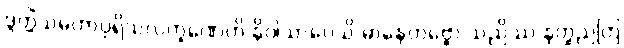
ဒွတ္တိံသမဟာပုရိသလက္ခဏေဟိ နိဝါသာပေသိ မာနေတဗ္ဗော သညိဿ နတ္ထညတြ